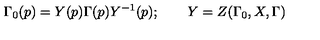
\Gamma _ { 0 } ( p ) = Y ( p ) \Gamma ( p ) Y ^ { - 1 } ( p ) ; \qquad Y = Z ( \Gamma _ { 0 } , X , \Gamma )